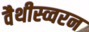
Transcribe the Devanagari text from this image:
वैथीस्व्वरन